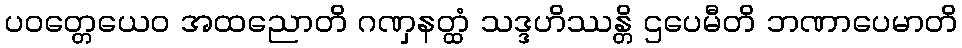
ပဝတ္တေယေဝ အထညောတိ ဂဏှနတ္ထံ သဒ္ဒဟိဿန္တိ ဌပေမီတိ ဘဏာပေမာတိ